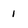
Character: 1